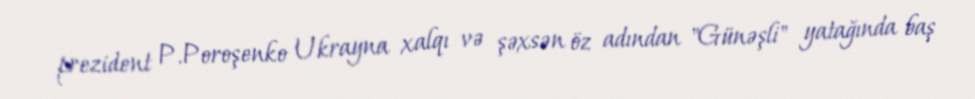
prezident P.Poroşenko Ukrayna xalqı və şəxsən öz adından "Günəşli" yatağında baş